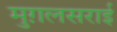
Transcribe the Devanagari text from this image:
मुग़लसराई